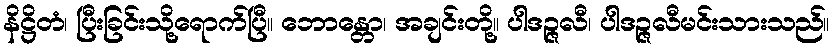
နိဋ္ဌိတံ၊ ပြီးခြင်းသို့ရောက်ပြီ။ ဘောန္တော၊ အချင်းတို့။ ပါဒဉ္ဇလီ၊ ပါဒဉ္ဇလီမင်းသားသည်။